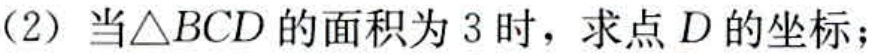
(2) 当$\triangle BCD$的面积为 3 时，求点$D$的坐标；